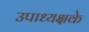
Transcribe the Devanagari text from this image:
उपाध्यक्षके